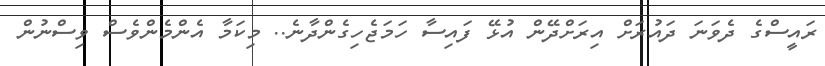
ރައީސްގެ ދެވަނަ ދައުރަށް އިރަށްދޭން އުޅޭ ފައިސާ ހަމަޖެހިގެންދާނެ.. މިކަމާ އެންމެންވެސް ވިސްނުން